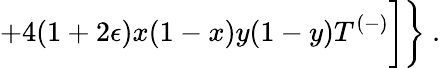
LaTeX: +4(1+2\epsilon)x(1-x)y(1-y)T^{(-)}\biggr]\biggr\} ~.